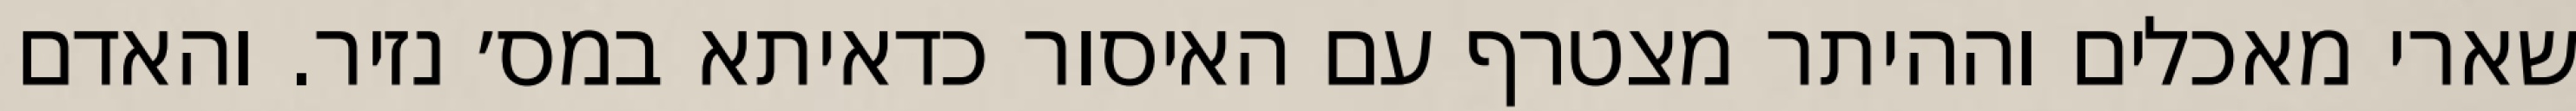
שארי מאכלים וההיתר מצטרף עם האיסור כדאיתא במס׳ נזיר. והאדם